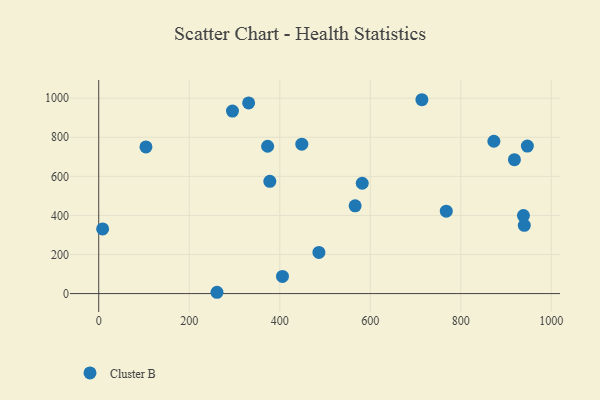
{"axis": {"x": "Investment", "y": "Profit"}, "legend": ["Cluster B"], "data": [{"x": "104.3", "y": 750.7, "type": "Cluster B"}, {"x": "938.4", "y": 399.1, "type": "Cluster B"}, {"x": "767.9", "y": 421.8, "type": "Cluster B"}, {"x": "295.5", "y": 934.1, "type": "Cluster B"}, {"x": "873.1", "y": 779.6, "type": "Cluster B"}, {"x": "8.6", "y": 331.0, "type": "Cluster B"}, {"x": "373.2", "y": 754.2, "type": "Cluster B"}, {"x": "406.0", "y": 87.6, "type": "Cluster B"}, {"x": "582.2", "y": 564.7, "type": "Cluster B"}, {"x": "378.0", "y": 574.5, "type": "Cluster B"}, {"x": "918.5", "y": 685.3, "type": "Cluster B"}, {"x": "331.2", "y": 975.7, "type": "Cluster B"}, {"x": "486.5", "y": 210.9, "type": "Cluster B"}, {"x": "566.5", "y": 449.4, "type": "Cluster B"}, {"x": "261.3", "y": 6.7, "type": "Cluster B"}, {"x": "947.1", "y": 755.0, "type": "Cluster B"}, {"x": "448.7", "y": 764.8, "type": "Cluster B"}, {"x": "940.3", "y": 349.3, "type": "Cluster B"}, {"x": "714.0", "y": 992.2, "type": "Cluster B"}]}